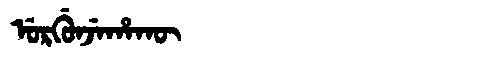
Manchu: ᡠᡵᡤᡠᠨᠵᡝᡥᠠᡴᡡ
Romanization: URGUNJEHAKŪ